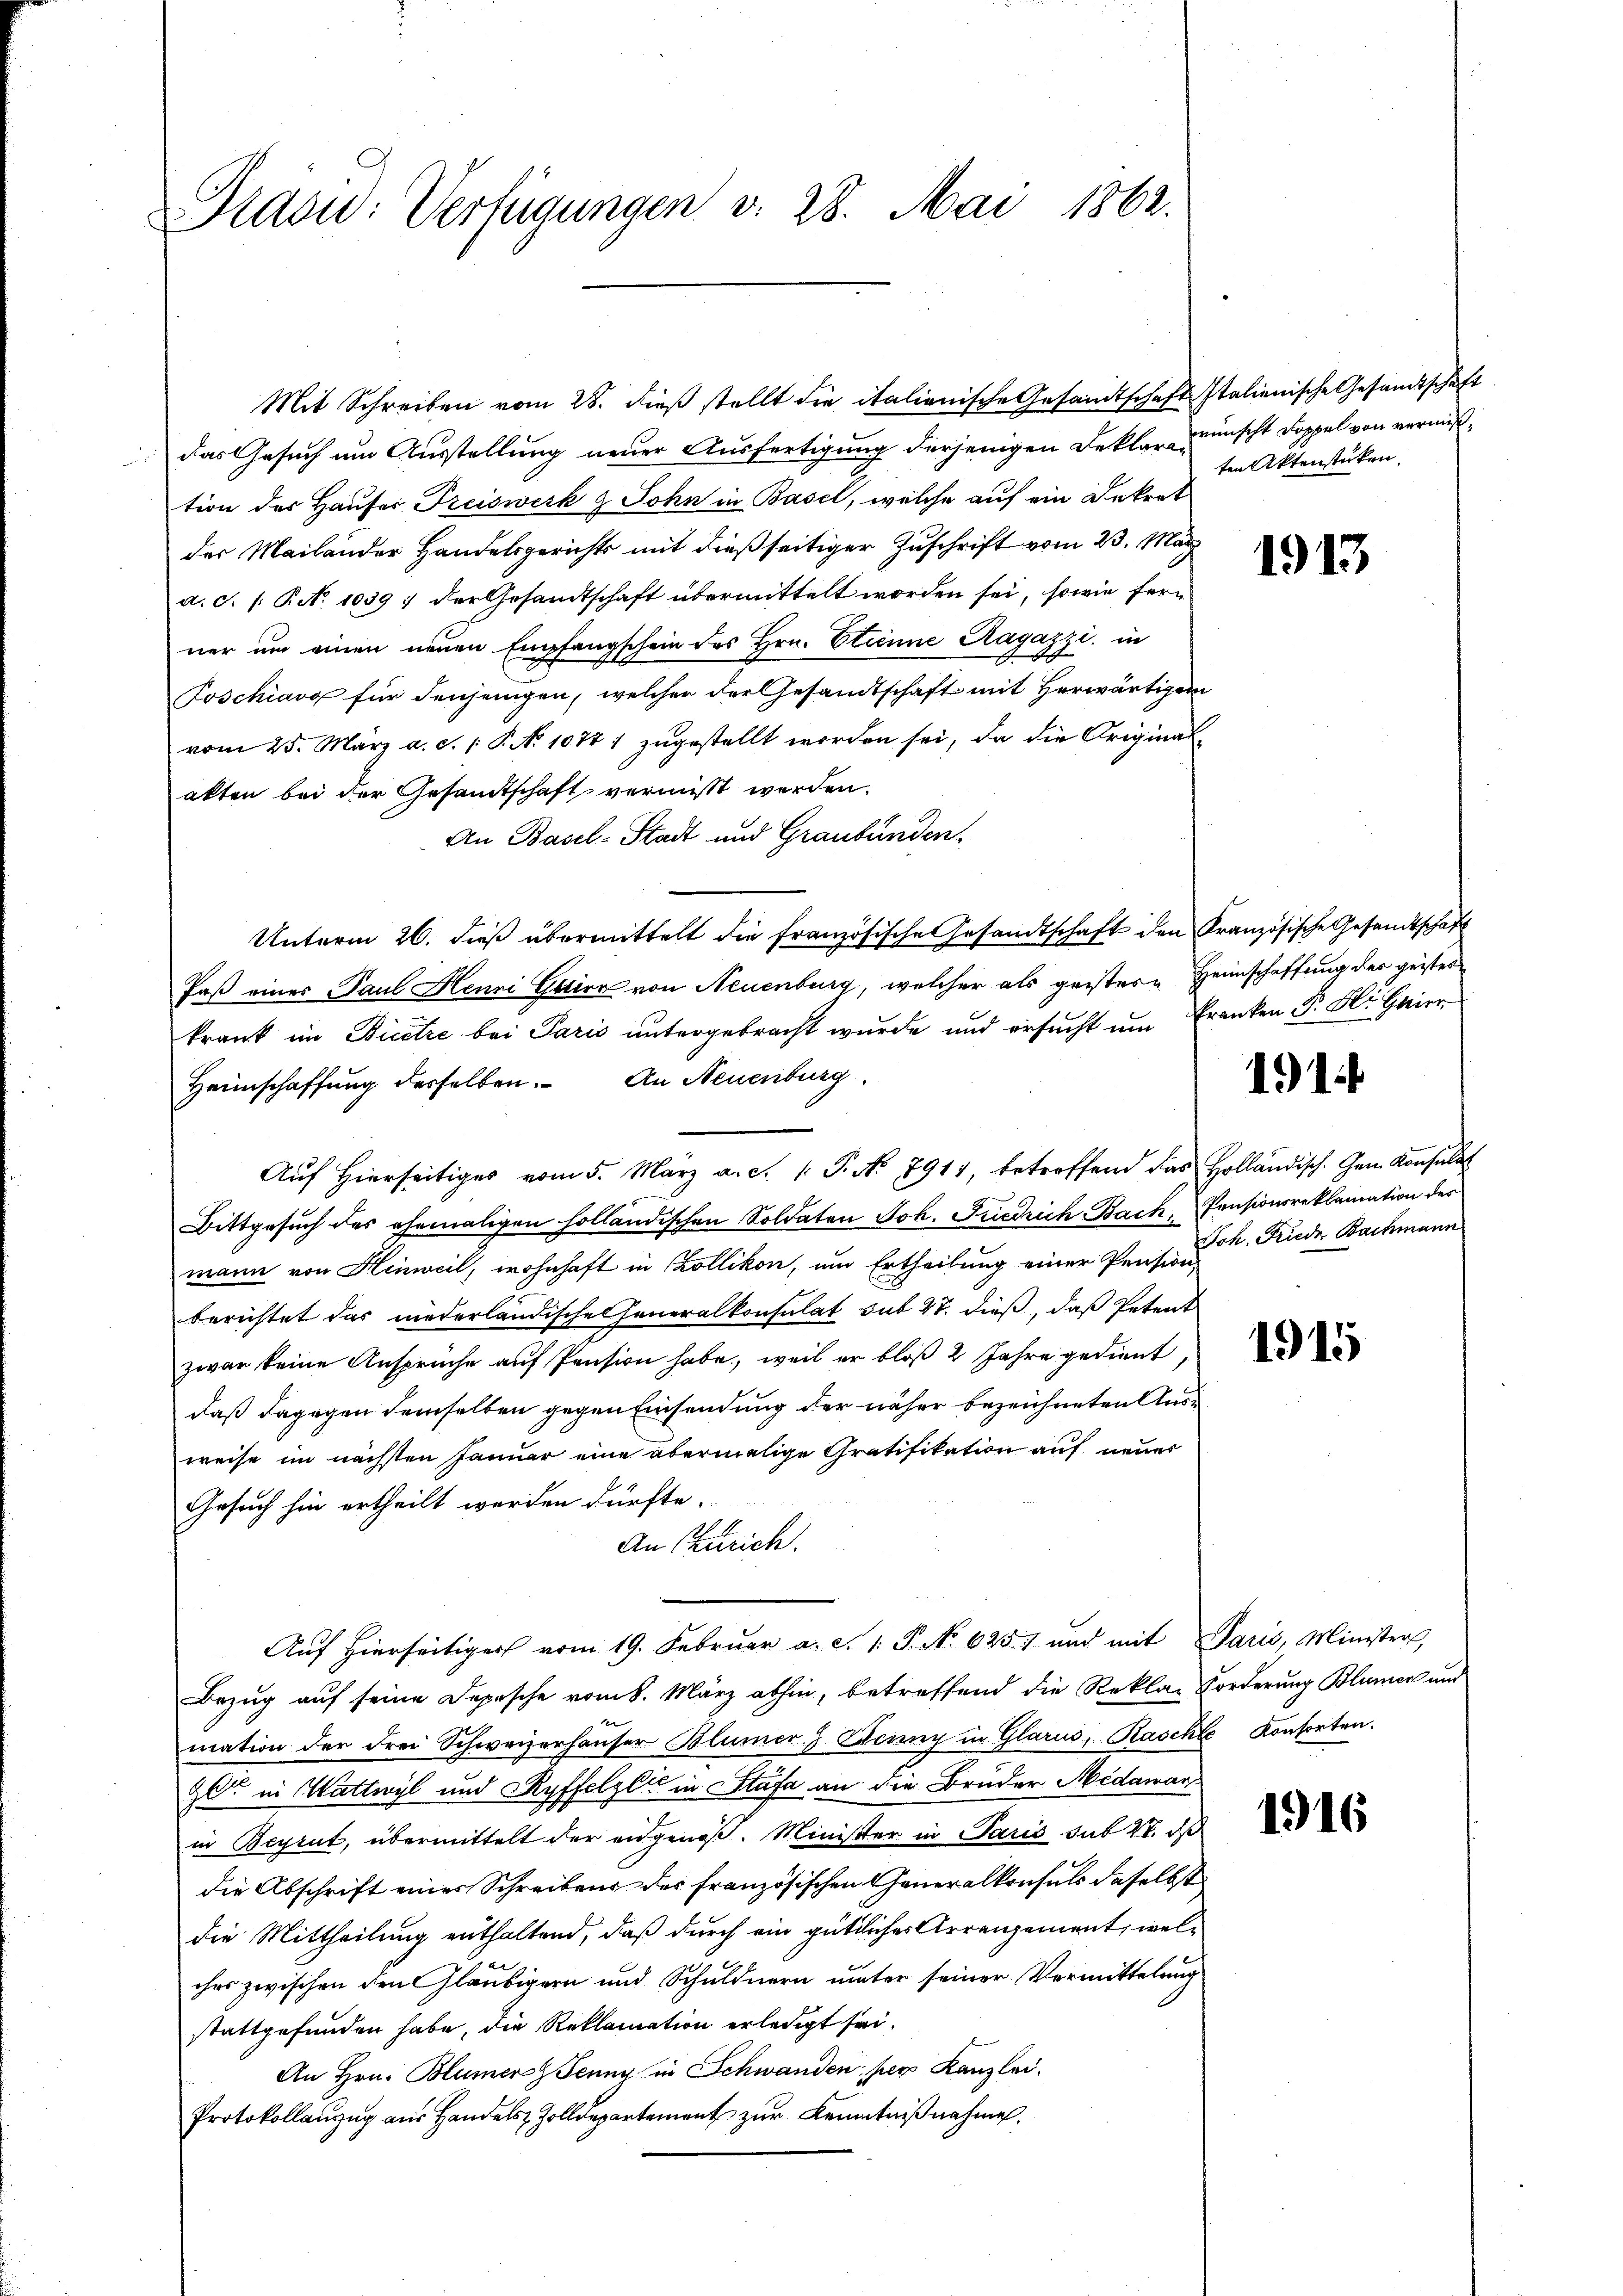
Draou: Verfügungen v. 28. Mai 1862.

Auf hierseitiges vom 5. März a. S. 1. P. No 7911, betreffend das Holländisch. Gem. Konsulat

Mit Schreiben vom 28. dieß stellt die italienische Gesandtschaft Italienische Gesandtschaft
das Gesuch um Ausstellung neuer Ausfertigung derjenigen Deklar wünscht Doppel von vermißtion des Hauser Preiswerk & John in Basel, welche auf ein Dekret
der Mailander Handelsgerichts mit dießseitiger Zuschrift vom 23. März
a.c. s. Art. 1039 ; der Gesandtschaft übermittelt worden sei, sowie ferner um einen neuen Empfangschein des Hrn. Etienne Ragazzi, in
Poschiavo für denjenigen, welcher der Gesandtschaft mit herwärtigen
vom 25. März a. c. 1 P. No 1077 :/ zugestellt worden sei, da die Originalakten bei der Gesamtschaft vermisst werden.
An Basel-Stadt und Graubünden.
Unterm 26. dieß übermittelt die französische Gesandtschaft den Französische Gesandtschaft
Paß eines Paul Henri Galier von Neuenburg, welcher als geister Heimschaffung der geistes
krank im Bicetze bei Paris untergebracht wurde und ersucht um Franken P. Hr. Hier
Heimschaffung derselben. An Neuenburg
Bittgesuch des ehemaligen holländischen Soldaten Joh. Friedrich-Bach Pensionsreklamation des
mann von Hinweil, wohnhaft in Collikon, um Ertheilung einer Pension
berichtet das niederländischeheneralkonsulat sub 27. dieß, daß Petent
zwar keine Ansprüche auf Pension habe, weil er bloß 2 Jahre gedient
daß dagegen demselben gegen Einsendung der näher bezeichneten Ausweise im nächsten Januar eine abermalige Gratifikation auf neuer
Gesuch hin ertheilt werden dürfte.
An Zürich.
Auf Hierseitiger vom 19. Februar a. c. 1: P. No. 625. und mit Paris, Minister,
Bezug auf seine Depesche vom 8. März abhin, betreffend die Reklar Forderung Blumen und
mation der drei Schweizerhauser Blümer & Edcnny in Glarus, Raschte Konsorten.
gl in Wattwyl und Ryffelgli in Stäfa an die Brüder Medawarin Beyrut, übermittelt der angenoß. Minister in Paris sub 20. ds
die Abschrift eines Schreibens des französischen Generalkonsuls daselbst
die Mittheilung enthaltend, daß durch ein gütliches Arrangement, welches zwischen den Gläubigern und Schuldnern unter seiner Vermittelung
stattgefunden habe, die Reklamation erledigt sei.
An Hrn. Blümer Jenny in Schwanden, per Kanzlei.
Protokollanzug aus Handels Zolldepartement zur Kenntnißnahme.

ten Aktenstücken

1913

1914

Joh. Friede Bachmann

1915

1916